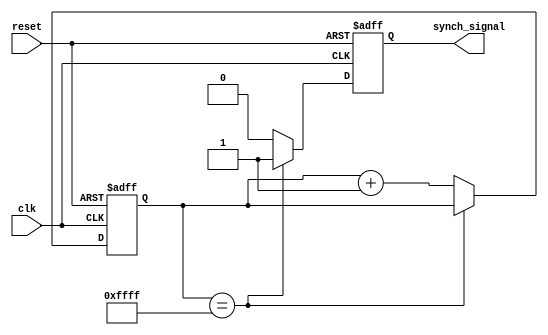
module RC_delay(
    input wire clk,
    input wire reset,
    output reg synch_signal
);

reg [15:0] delay_counter;

always @ (posedge clk or posedge reset) begin
    if (reset) begin
        delay_counter <= 16'b0;
        synch_signal <= 1'b0;
    end else begin
        if (delay_counter == 16'b1111111111111111) begin
            synch_signal <= 1'b1;
        end else begin
            delay_counter <= delay_counter + 1;
            synch_signal <= 1'b0;
        end
    end
end

endmodule